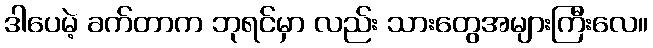
ဒါပေမဲ့ ခက်တာက ဘုရင်မှာ လည်း သားတွေအများကြီးလေ။